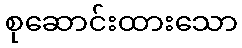
စုဆောင်းထားသော